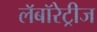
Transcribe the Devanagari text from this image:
लॅबॉरेट्रीज